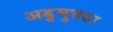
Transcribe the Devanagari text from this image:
अडुमुत्तडा